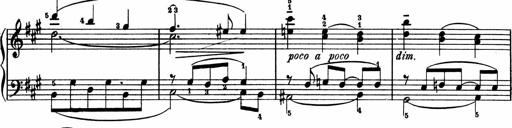
Title: 2 Sonatinen
Composer: Lambertus Adrianus van Tetterode